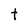
Character: t